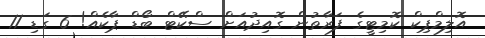
އޮލިމްޕިކް ކޮމިޓީގެ ފަރާތުން ގޮއިދުއަށް ސްކޭޓް ބޯޑް ޕާކެއް! 6 ގަޑި 11